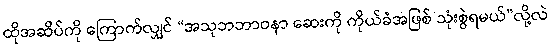
ထိုအဆိပ်ကို ကြောက်လျှင် “အသုဘဘာဝနာ ဆေးကို ကိုယ်ခံအဖြစ် သုံးစွဲရမယ်”လို့လဲ